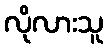
လိုလားသူ